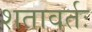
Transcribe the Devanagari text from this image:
शतावर्तः